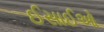
ઈસાઈઓ